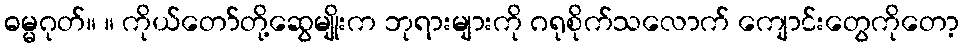
ဓမ္မဂုတ်။ ။ ကိုယ်တော်တို့ဆွေမျိုးက ဘုရားများကို ဂရုစိုက်သလောက် ကျောင်းတွေကိုတော့